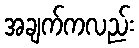
အချက်ကလည်း